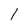
Character: I